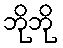
ဘိုဘို